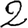
Digit: 2